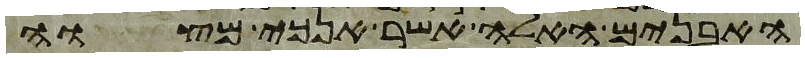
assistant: האבנים האלה אשר אנכי מצוה